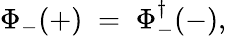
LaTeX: \Phi_{-}(+)\; =\; \Phi_{-}^{\dagger}(-),